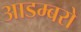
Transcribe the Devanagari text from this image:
आडम्बरो